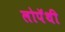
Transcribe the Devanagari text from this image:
लोपॅथी